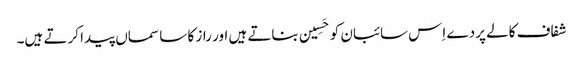
شفاف کالے پردے اِس سائبان کو حَسِین بناتے ہیں اور راز کا سا سماں پیدا کرتے ہیں۔